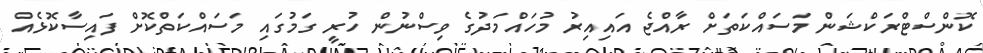
ކޮންސްޓްރަކްޝަން މަސައްކަތަށް ރާއްޖެ އައިއިރު މުހައްމަދުގެ ވިސްނުން ހުރީ ގަމުގައި މަސައްކަތްކޮށް ފައިސާކޮޅެއް